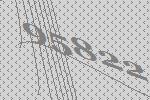
95822